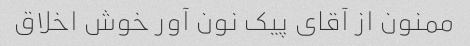
ممنون از آقای پیک نون آور خوش اخلاق